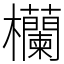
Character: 欗